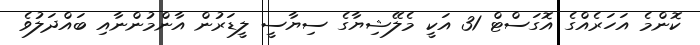
ކޮންމެ އަހަރެއްގެ އޮގަސްޓް 31 އަކީ މެލޭޝިޔާގެ ސިޔާސީ ލީޑަރުން އާންމުންނާއި ބައްދަލުވެ